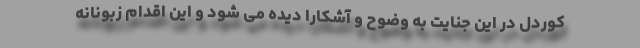
کوردل در این جنایت به وضوح و آشکارا دیده می شود و این اقدام زبونانه